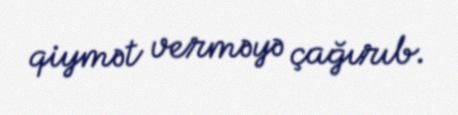
qiymət verməyə çağırıb.